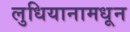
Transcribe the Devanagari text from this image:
लुधियानामधून